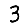
Digit: 3